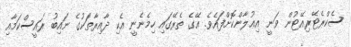
ސެކްރެޓޭރިއޭޓުން ވަނީ އިޢުލާންކޮށްފައެވެ. އޭގެ ތެރޭގައި ހިމެނެނީ އެކި ދާއިރާތަކުގެ ނައިބު ރައީސްކަމާއި